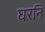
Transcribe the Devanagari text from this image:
घरनि